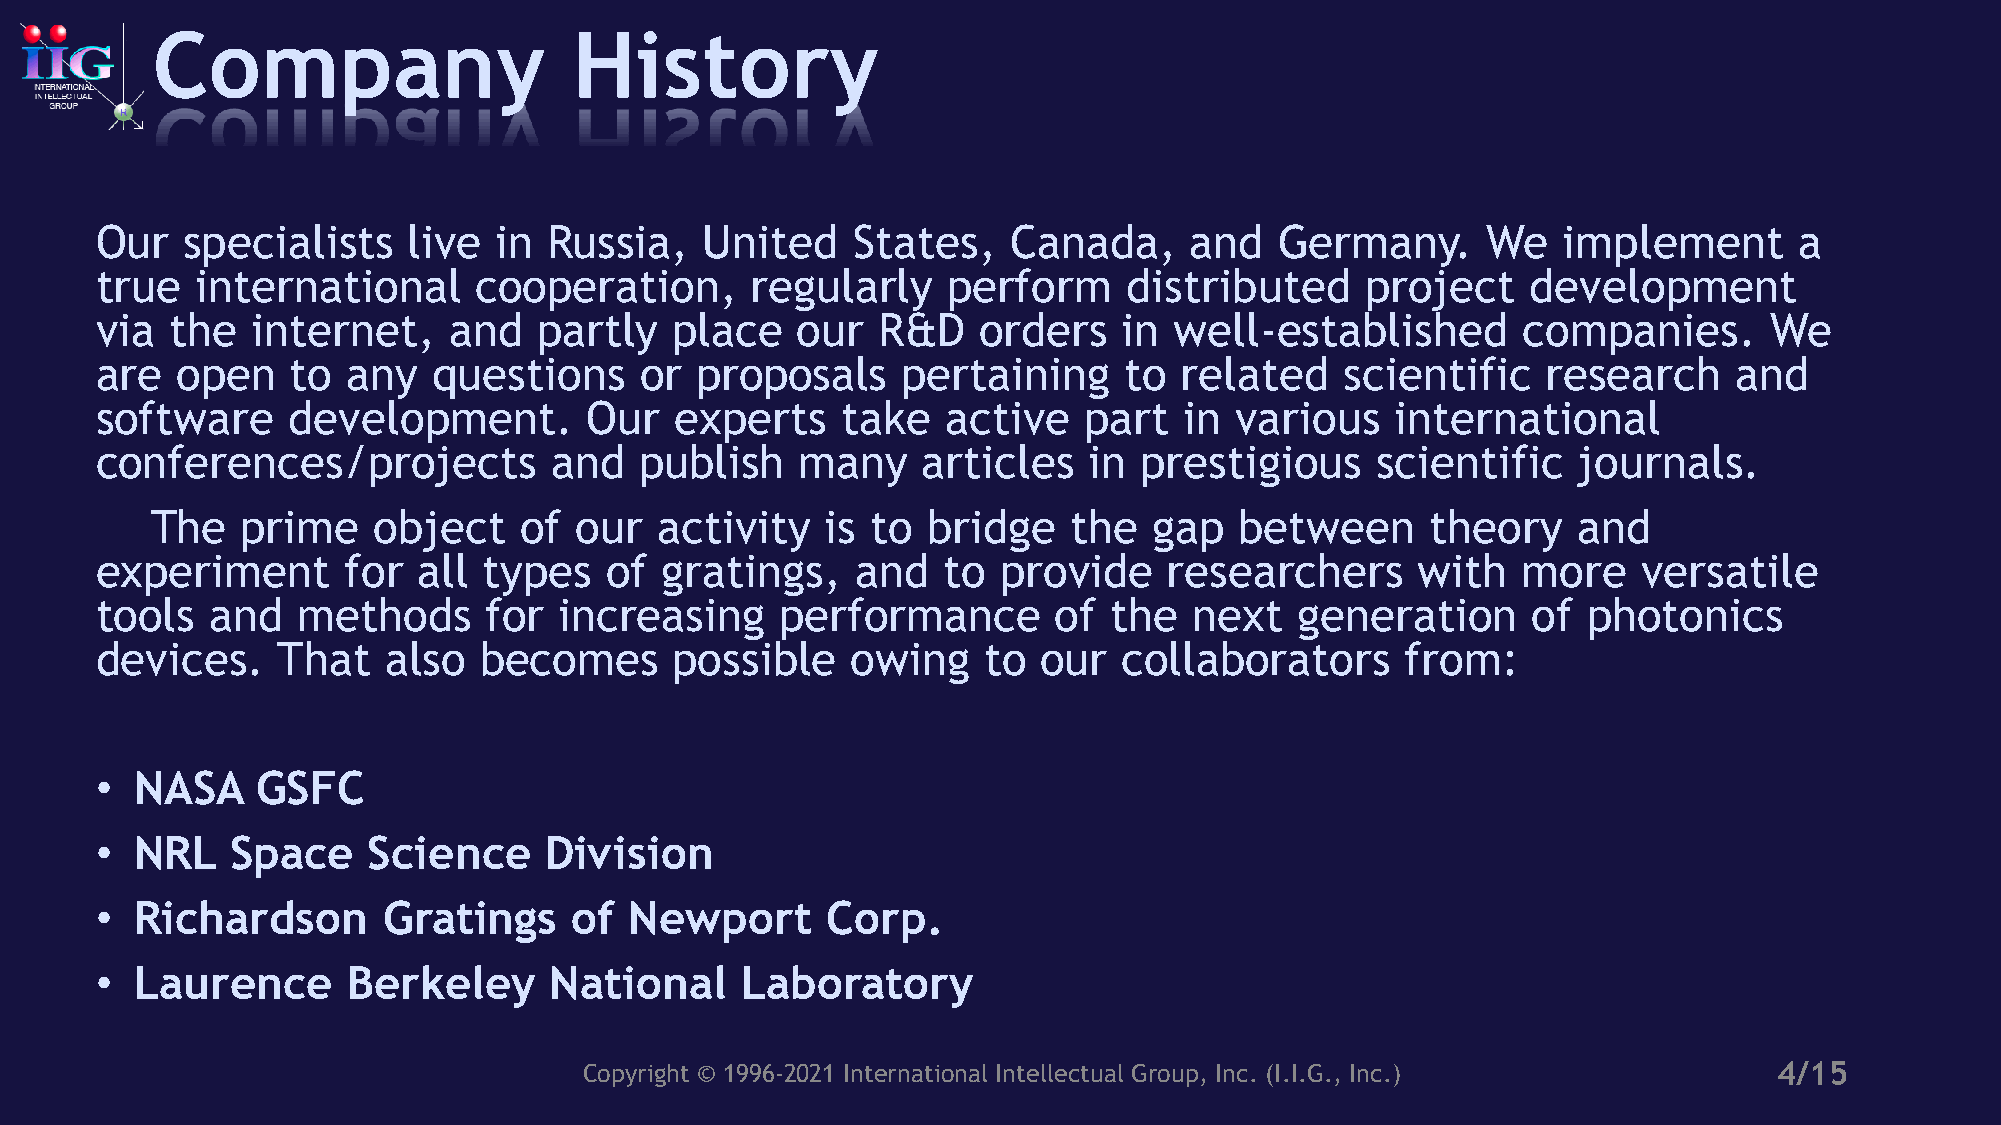
Company                     History
 Our   specialists    live  in Russia,   United    States,    Canada,     and   Germany.     We   implement       a
 true   international     cooperation,       regularly    perform     distributed    project    development
 via  the   internet,    and   partly   place   our  R&D    orders   in  well-established       companies.      We
 are   open   to  any   questions    or  proposals     pertaining    to  related    scientific   research     and
 software     development.        Our   experts    take   active   part  in  various   international
 conferences/projects          and   publish    many    articles   in prestigious     scientific   journals.
 The   prime    object   of  our  activity    is to bridge    the  gap   between      theory   and
 experiment       for  all types   of  gratings,    and  to  provide    researchers      with   more    versatile
 tools   and   methods     for  increasing     performance       of the   next   generation     of  photonics
 devices.    That    also  becomes      possible   owing    to  our  collaborators      from:
 •  NASA    GSFC
 •  NRL   Space    Science     Division
 •  Richardson      Gratings     of  Newport      Corp.
 •  Laurence      Berkeley     National     Laboratory
 Copyright © 1996-2021 International Intellectual Group, Inc. (I.I.G., Inc.)    4/15